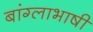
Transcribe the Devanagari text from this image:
बांग्‍लाभाषी